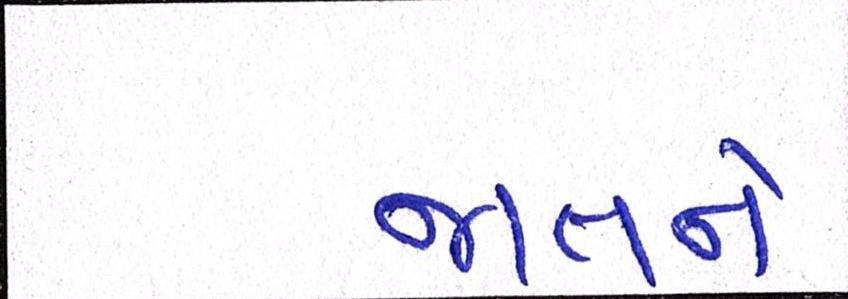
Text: જાતને